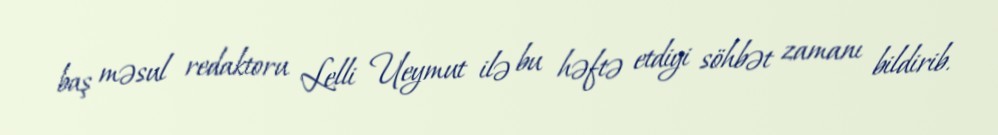
baş məsul redaktoru Lelli Ueymut ilə bu həftə etdiyi söhbət zamanı bildirib.